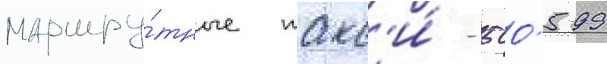
маршру́тные такс'и́ - 500-599